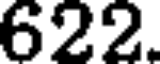
622.